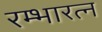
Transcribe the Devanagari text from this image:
रम्भारत्न